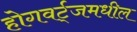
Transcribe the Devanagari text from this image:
होगवर्ट्‌जमधील